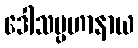
ဒေါသပ္ပဟာနာယ